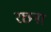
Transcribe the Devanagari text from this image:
रछना